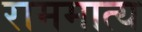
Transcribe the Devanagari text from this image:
राममात्य